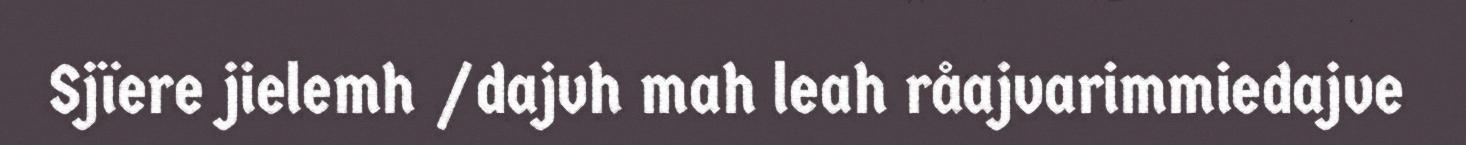
Sjïere jielemh /dajvh mah leah råajvarimmiedajve